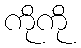
ကိုကို